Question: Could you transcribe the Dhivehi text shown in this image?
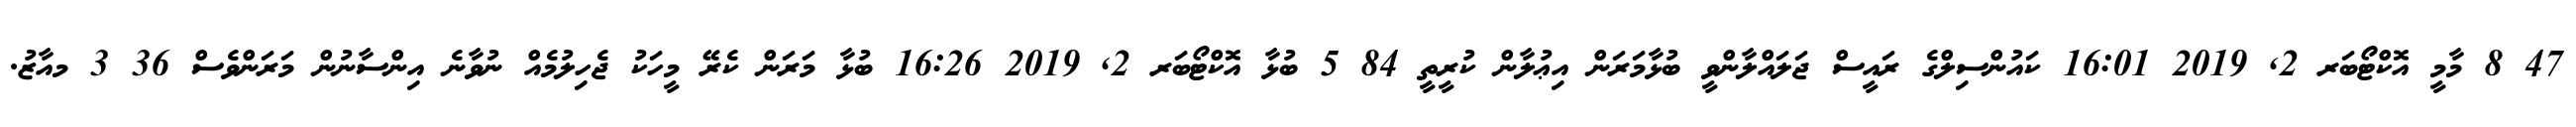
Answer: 47 8 މާމީ އޮކްޓޯބަރ 2, 2019 16:01 ކައުންސިލްގެ ރައީސް ޖަލައްލާންވީ ބުޅާމަރަން އިޢުލާން ކުރީތީ 84 5 ބުޅާ އޮކްޓޯބަރ 2, 2019 16:26 ބުޅާ މަރަން ކެރޭ މީހަކު ޖެހިލުމެއް ނުވާނެ އިންސާނުން މަރަންވެސް 36 3 މއާޒު.